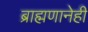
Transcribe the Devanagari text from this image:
ब्राह्मणानेही